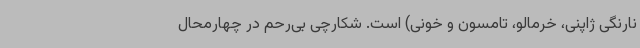
نارنگی ژاپنی، خرمالو، تامسون و خونی) است. شکارچی بی‌رحم در چهارمحال